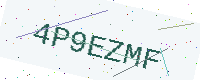
Text: 4P9EZMF